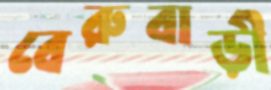
বেরুবাড়ী